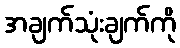
အချက်သုံးချက်ကို